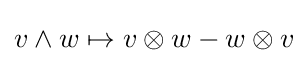
{\textstyle v\wedge w\mapsto v\otimes w-w\otimes v}